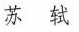
苏轼